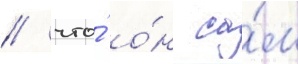
/ что́ о́н са́м